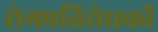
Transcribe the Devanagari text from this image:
रोगप्रतिरोधकों